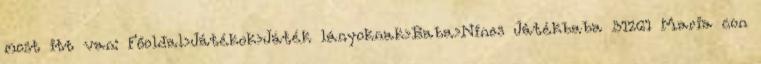
most itt van: Főoldal›Játékok›Játék lányoknak›Baba›Nines Játékbaba 31261 Maria con